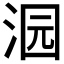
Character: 𱦜